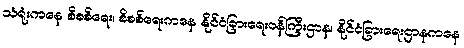
သံရုံးကနေ စိစစ်ရေး၊ စိစစ်ရေးကနေ နိုင်ငံခြားရေးဝန်ကြီးဌာန၊ နိုင်ငံခြားရေးဌာနကနေ